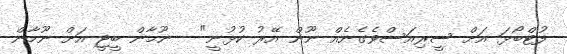
ފުޓްބޯޅަ އަށް ސީރިއަސްވެގެނެއް ނޫން އޭރު ކުޅުނީ"-- ނޫމާން ބީޖީ އަށް ނޫމާން